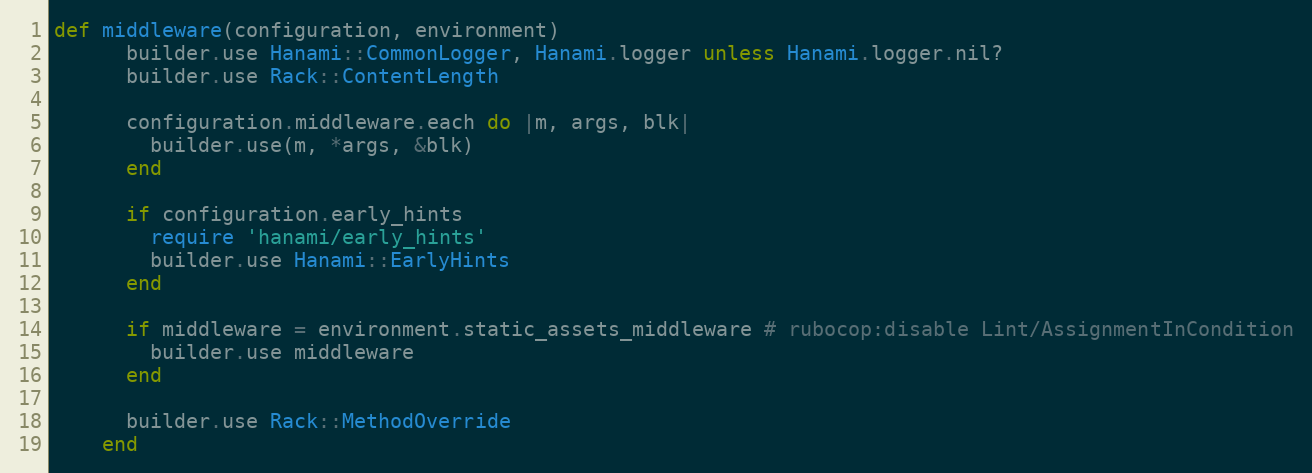
Language: Ruby
def middleware(configuration, environment)
      builder.use Hanami::CommonLogger, Hanami.logger unless Hanami.logger.nil?
      builder.use Rack::ContentLength

      configuration.middleware.each do |m, args, blk|
        builder.use(m, *args, &blk)
      end

      if configuration.early_hints
        require 'hanami/early_hints'
        builder.use Hanami::EarlyHints
      end

      if middleware = environment.static_assets_middleware # rubocop:disable Lint/AssignmentInCondition
        builder.use middleware
      end

      builder.use Rack::MethodOverride
    end